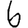
Digit: 6